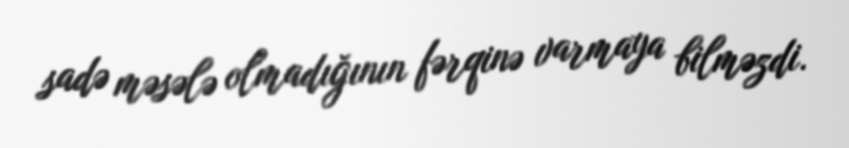
sadə məsələ olmadığının fərqinə varmaya bilməzdi.